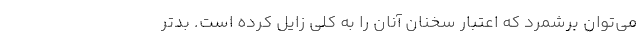
می‌توان برشمرد که اعتبار سخنان آنان را به کلی زایل کرده است. بدتر